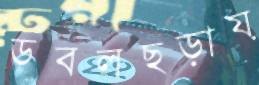
ডবলছড়ায়